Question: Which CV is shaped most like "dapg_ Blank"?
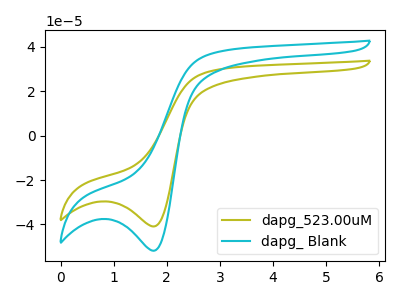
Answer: <think>The olive curve "dapg_523.00uM" has a cathodic peak at: (1.75V, -40.90uA). The cyan curve "dapg_ Blank" has a cathodic peak at: (1.75V, -51.85uA).
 All the peaks in "dapg_523.00uM" have a peak in "dapg_ Blank" at the same potential. Every peak in "dapg_523.00uM" is lower than every peak in "dapg_ Blank".</think>
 <answer>The CV with the most similar shape to "dapg_523.00uM" is "dapg_ Blank".</answer>
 <eval>"dapg_ Blank"</eval>